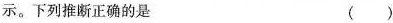
示。下列推断正确的是 ( )